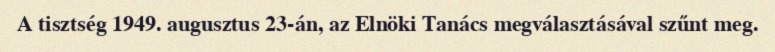
A tisztség 1949. augusztus 23-án, az Elnöki Tanács megválasztásával szűnt meg.